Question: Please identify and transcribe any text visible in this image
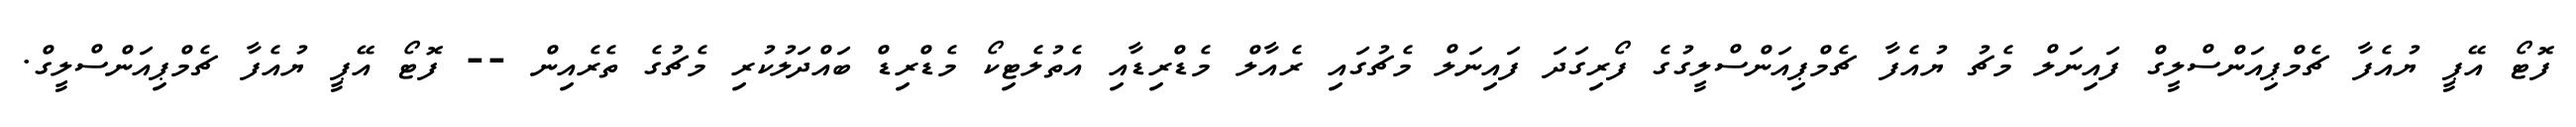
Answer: ފޮޓޯ އޭޕީ ޔުއެފާ ޗެމްޕިއަންސްލީގް ފައިނަލް މެޗު ޔުއެފާ ޗެމްޕިއަންސްލީގުގެ ފޯރިގަދަ ފައިނަލް މެޗުގައި ރެއާލް މެޑްރިޑާއި އެތުލެޓިކޯ މެޑްރިޑް ބައްދަލުކުރި މެޗުގެ ތެރެއިން -- ފޮޓޯ އޭޕީ ޔުއެފާ ޗެމްޕިއަންސްލީގް.